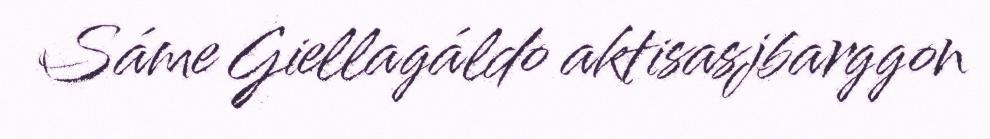
Sáme Giellagáldo aktisasjbarggon